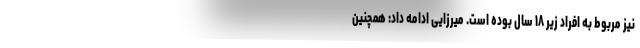
نیز مربوط به افراد زیر ۱۸ سال بوده است. میرزایی ادامه داد: همچنین